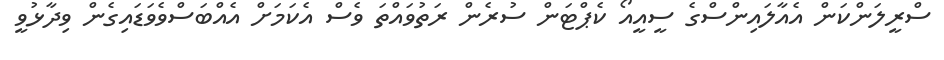
ސްރީލަންކަން އެއާލައިންސްގެ ސީއީއޯ ކެޕްޓަން ސުރެން ރަތުވައްތަ ވެސް އެކަމަށް އެއްބަސްވެވަޑައިގެން ވިދާޅުވީ